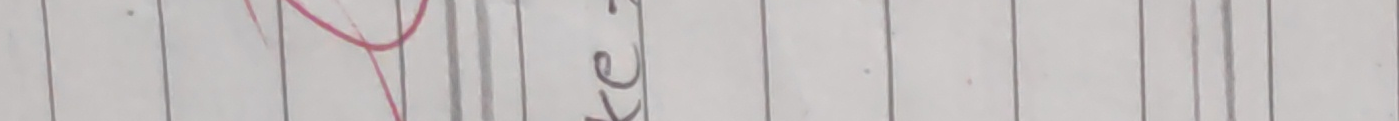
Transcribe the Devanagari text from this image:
के रे